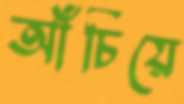
আঁচিয়ে